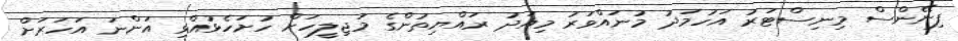
ފިނޭންސް މިނިސްޓަރު އަހުމަދު މުނައްވަރު މިއަދު ރައްޔިތުންގެ މަޖިލީހަށް ހުށަހެޅުއްވި އަންނަ އަހަރަށް